Leningradi_Edasi_toimetus, lk 30
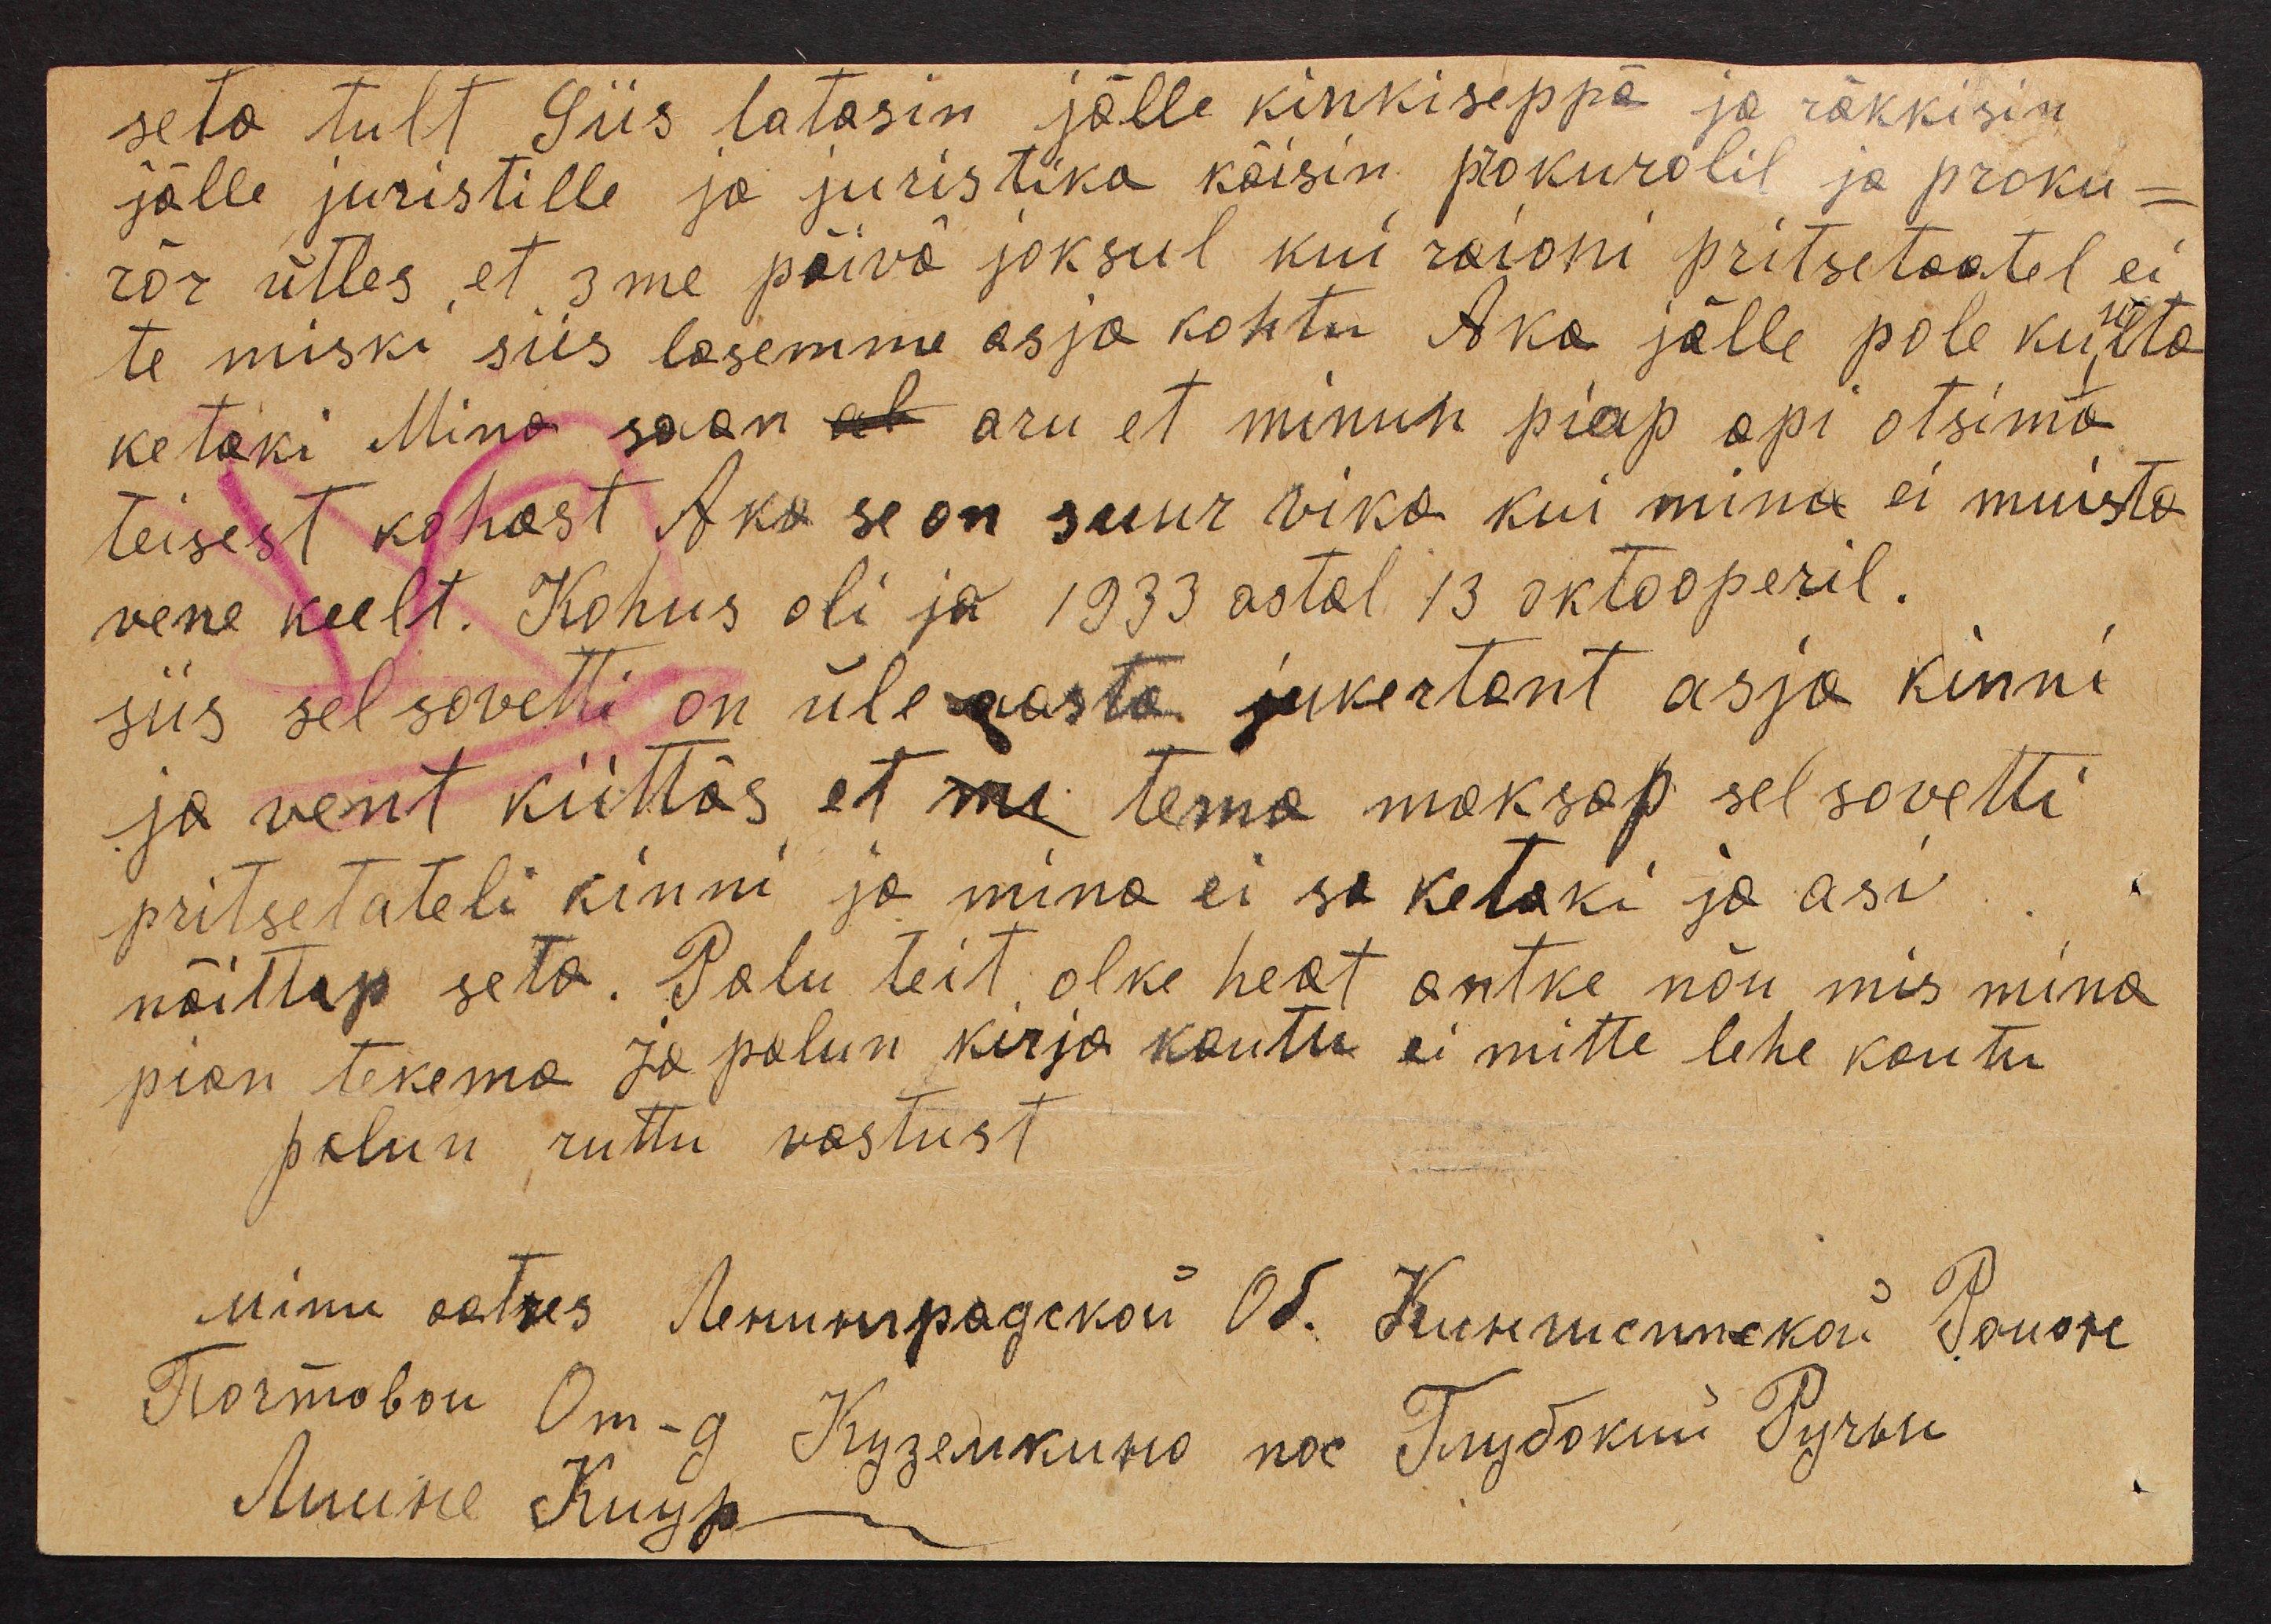
seto tult Siis latasin jälle kinkiseppä ja räkkisin
jälle juristille ja juristika käisin prokurolil ja proku-
rõr ütles, et 3me päivõ joksul kui raioni pritsetaatel ei
te miski siis lasemme asja kohtu Aka jälle pole kuulta
ketaki Mina saan et aru et minule piap api otsima
teisest kohast Aka se on suur vika kui mina ei muista
vene keelt. Kohus oli ja 1933 astal 13 oktooperil.
siis sel sovetti on üle aasta jukertant asja kinni
ja vent kiittõs et me tema maksap sel sovetti
pritsetateli kinni ja mina ei sa ketaki ja asi
näittap seda. Palu teit olke heat antke nõu mis mina
pian tekema ja palun kirja kautu ei mitte lehe koutu
palun ruttu vastust
Minu aatres